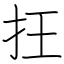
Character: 抂